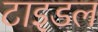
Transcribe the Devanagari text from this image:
टाइडल